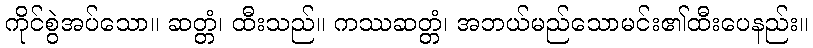
ကိုင်စွဲအပ်သော။ ဆတ္တံ၊ ထီးသည်။ ကဿဆတ္တံ၊ အဘယ်မည်သောမင်း၏ထီးပေနည်း။